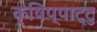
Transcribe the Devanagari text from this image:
कृषिप्पाट्टु